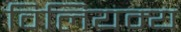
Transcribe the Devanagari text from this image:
विलियम्य